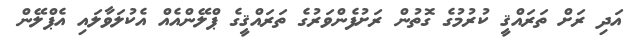
އަދި ރަށް ތަރައްޤީ ކުރުމުގެ ގޮތުން ރަށުފެންވަރުގެ ތަރައްޤީގެ ޕްލޭންއެއް އެކުލަވާލައި އެޕްލޭން